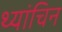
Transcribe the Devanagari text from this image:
थ्यांचिन